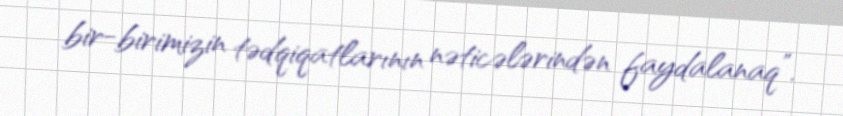
bir-birimizin tədqiqatlarının nəticələrindən faydalanaq”.